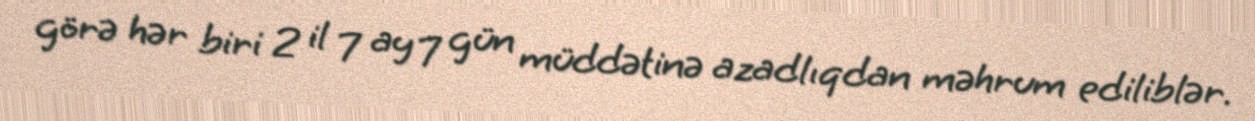
görə hər biri 2 il 7 ay 7 gün müddətinə azadlıqdan məhrum ediliblər.